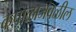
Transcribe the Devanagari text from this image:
कपाळाजवळील